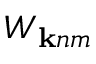
W _ { { \bf k } n m }